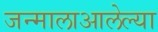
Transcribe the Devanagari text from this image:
जन्मालाआलेल्या